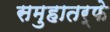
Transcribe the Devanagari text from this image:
समुहातर्फे